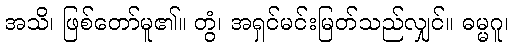
အသိ၊ ဖြစ်တော်မူ၏။ တွံ၊ အရှင်မင်းမြတ်သည်လျှင်။ ဓမ္မဂူ၊